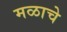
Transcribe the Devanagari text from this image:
मळाचे